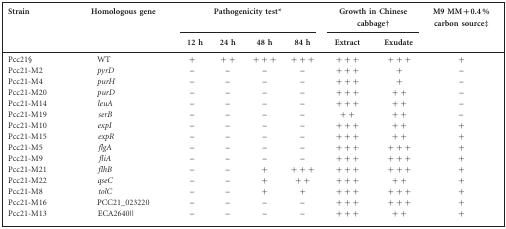
| Strain | Homologous gene | <COLSPAN=4> Pathogenicity test* | <COLSPAN=2> Growth in Chinese cabbage† | M9 MM+0.4 % carbon source‡ |
 | 12 h | 24 h | 48 h | 84 h | Extract | Exudate |
 | --- | --- | --- | --- | --- | --- | --- | --- | --- |
 | Pcc21§ | WT | + | ++ | +++ | +++ | +++ | +++ | + |
 | Pcc21-M2 | pyrD | – | – | – | – | +++ | + | – |
 | Pcc21-M4 | purH | – | – | – | – | +++ | + | – |
 | Pcc21-M20 | purD | – | – | – | – | +++ | ++ | – |
 | Pcc21-M14 | leuA | – | – | – | – | +++ | ++ | – |
 | Pcc21-M19 | serB | – | – | – | – | ++ | ++ | – |
 | Pcc21-M10 | expI | – | – | – | – | +++ | ++ | + |
 | Pcc21-M15 | expR | – | – | – | – | +++ | ++ | + |
 | Pcc21-M5 | flgA | – | – | – | – | +++ | +++ | + |
 | Pcc21-M9 | fliA | – | – | – | – | +++ | +++ | + |
 | Pcc21-M21 | flhB | – | – | + | +++ | +++ | +++ | + |
 | Pcc21-M22 | qseC | – | – | + | ++ | +++ | ++ | + |
 | Pcc21-M8 | tolC | – | – | + | + | +++ | +++ | + |
 | Pcc21-M16 | PCC21_023220 | – | – | – | – | +++ | +++ | + |
 | Pcc21-M13 | ECA2640|| | – | – | – | – | +++ | ++ | + |